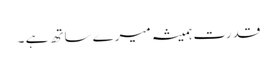
قدرت ہمیشہ میرے ساتھ ہے ۔